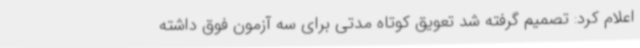
اعلام کرد: تصمیم گرفته شد تعویق کوتاه مدتی برای سه آزمون فوق داشته